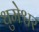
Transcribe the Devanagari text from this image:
धुमेश्वर